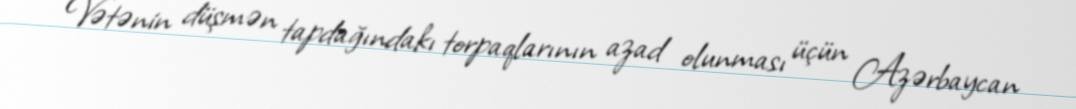
Vətənin düşmən tapdağındakı torpaqlarının azad olunması üçün Azərbaycan